Lunatic asylums Punjab 1881-1894 - 1881-1894
Year: 1881
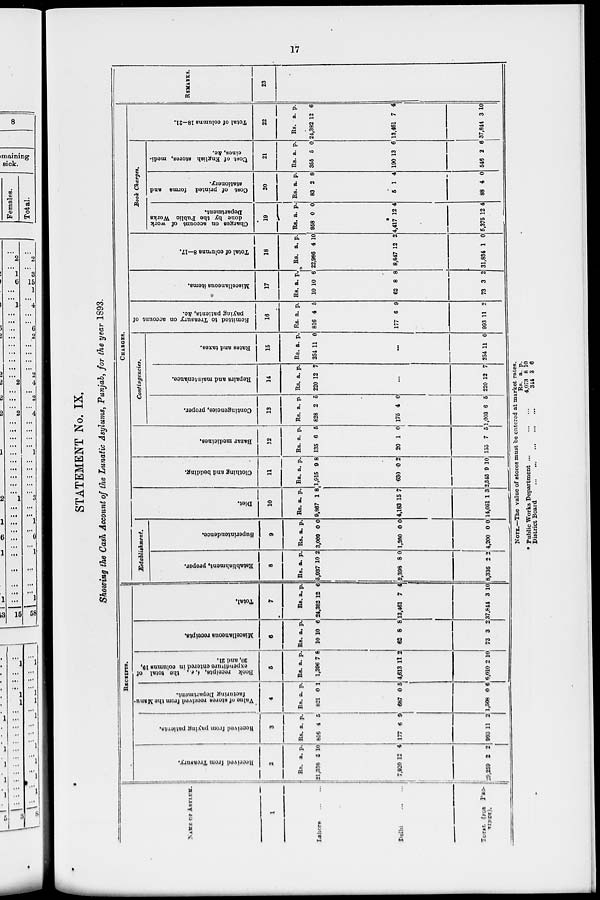
17
STATEMENT No. IX.
Showing the Cash Account of the Lunatic Asylums, Punjab, for the year 1893.
NAME OF ASYLUM.
1
Lahore
...
...
Delhi
...
...
RECEIPTS.
Received from Treasury.
2
Rs.
21,338
7,920
19,259
a.
5
12
2
p.
10
4
2
Received from paying patients.
3
Rs.
816
177
993
a.
4
6
11
p.
5
9
2
Value of stores received
from the Manu-
facturing Department.
4
Rs.
821
687
1,508
a.
0
0
0
p.
1
5
6
Book receipts, i. e., the total of
expenditure entered in columns 19,
20, and 21.
5
Rs.
1,396
4,613
6,010
a.
7
11
2
p.
8
2
10
Miscellaneous receipts.
6
Rs.
10
62
73
a.
10
8
3
p.
6
8
2
Total.
7
Rs.
24,382
13,461
37,844
a.
12
7
3
p.
6
4
10
CHARGES.
Establishment.
Establishment, proper.
8
Rs.
5,937
2,398
8,336
a.
10
8
2
p.
2
0
2
Superintendence
9
Rs.
3,009
1,200
4,200
a.
0
0
0
p.
0
0
0
Diet.
10
Rs.
9,867
4,183
14,051
a.
1
15
1
p.
8
7
3
Clothing and bedding.
11
Rs.
1,915
630
2,545
a.
9
0
9
p.
8
2
10
Bazar medicines.
12
Rs.
135
20
155
a.
6
1
7
p.
5
0
5
Contingencies.
Contingencies, proper.
13
Rs.
828
175
1,003
a.
2
4
6
p.
5
0
5
Repairs and maintenance.
14
Rs.
220
...
220
a.
12
...
12
p.
7
7
Rates and taxes.
15
Rs.
254
...
254
a.
11
...
11
p.
0
...
0
Remitted
to Treasury on account of
paying patients, &c.
16
Rs.
816
177
993
a.
4
6
11
p.
5
9
2
Miscellaneous items.
17
Rs.
10
62
73
a.
10
8
3
p.
6
8
2
Total of columns 8—17.
18
Rs.
22,986
8,847
31,834
a.
4
12
1
p.
10
2
0
Book Charges.
Charges on account of work
done by the Public Works
Department.
19
Rs.
958
4,417
5,375
a.
0
12
12
p.
0
4
4
Cost of printed forms and
stationery.
20
Rs.
83
5
88
a.
2
1
4
p.
8
4
0
Cost of English stores, medi-
cines, &c.
21
Rs.
355
190
546
a.
5
13
2
p.
0
6
6
Total of columns 18—21.
22
Rs.
24,382
13,461
37,844
a.
12
7
3
p.
6
4
10
REMARKS.
23
NOTE.—The value of stores must be entered at market rates.
* Public Works Department ...
...
...
District Board
...
...
...
...
...
Rs.
4,073
344
a.
8
3
p.
10
6